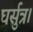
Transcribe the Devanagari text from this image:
घर्सुत्र।